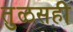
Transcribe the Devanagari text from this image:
तुळसही